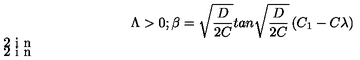
\Lambda > 0 \vspace { . 2 i n } ; \vspace { . 2 i n } \beta = \sqrt { \frac { D } { 2 C } } t a n \sqrt { \frac { D } { 2 C } } \left( C _ { 1 } - C \lambda \right)